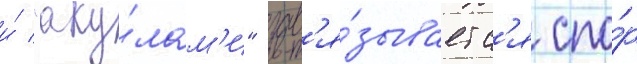
и́ "аку́лам'и" зав'я́зываетс'я спо́р